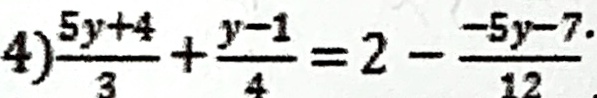
4 ) \frac { 5 y + 4 } { 3 } + \frac { y - 1 } { 4 } = 2 - \frac { - 5 y - 7 } { 1 2 }